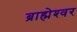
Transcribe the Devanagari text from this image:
ब्राह्मेश्‍वर